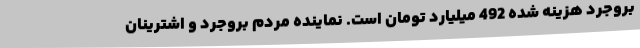
بروجرد هزینه شده 492 میلیارد تومان است. نماینده مردم بروجرد و اشترینان